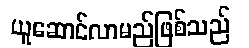
ယူဆောင်လာမည်ဖြစ်သည်